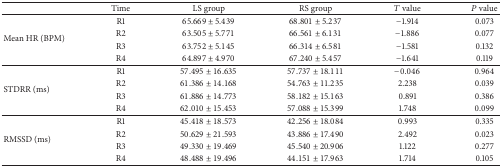
|  | Time | LS group | RS group | T value | P value |
 | --- | --- | --- | --- | --- | --- |
 | <ROWSPAN=4> Mean HR (BPM) | R1 | 65.669 ± 5.439 | 68.801 ± 5.237 | −1.914 | 0.073 |
 | R2 | 63.505 ± 5.771 | 66.561 ± 6.131 | −1.886 | 0.077 |
 | R3 | 63.752 ± 5.145 | 66.314 ± 6.581 | −1.581 | 0.132 |
 | R4 | 64.897 ± 4.970 | 67.240 ± 5.457 | −1.641 | 0.119 |
 | <ROWSPAN=4> STDRR (ms) | R1 | 57.495 ± 16.635 | 57.737 ± 18.111 | −0.046 | 0.964 |
 | R2 | 61.386 ± 14.168 | 54.763 ± 11.235 | 2.238 | 0.039 |
 | R3 | 61.886 ± 14.773 | 58.182 ± 15.163 | 0.891 | 0.386 |
 | R4 | 62.010 ± 15.453 | 57.088 ± 15.399 | 1.748 | 0.099 |
 | <ROWSPAN=4> RMSSD (ms) | R1 | 45.418 ± 18.573 | 42.256 ± 18.084 | 0.993 | 0.335 |
 | R2 | 50.629 ± 21.593 | 43.886 ± 17.490 | 2.492 | 0.023 |
 | R3 | 49.330 ± 19.469 | 45.540 ± 20.906 | 1.122 | 0.277 |
 | R4 | 48.488 ± 19.496 | 44.151 ± 17.963 | 1.714 | 0.105 |